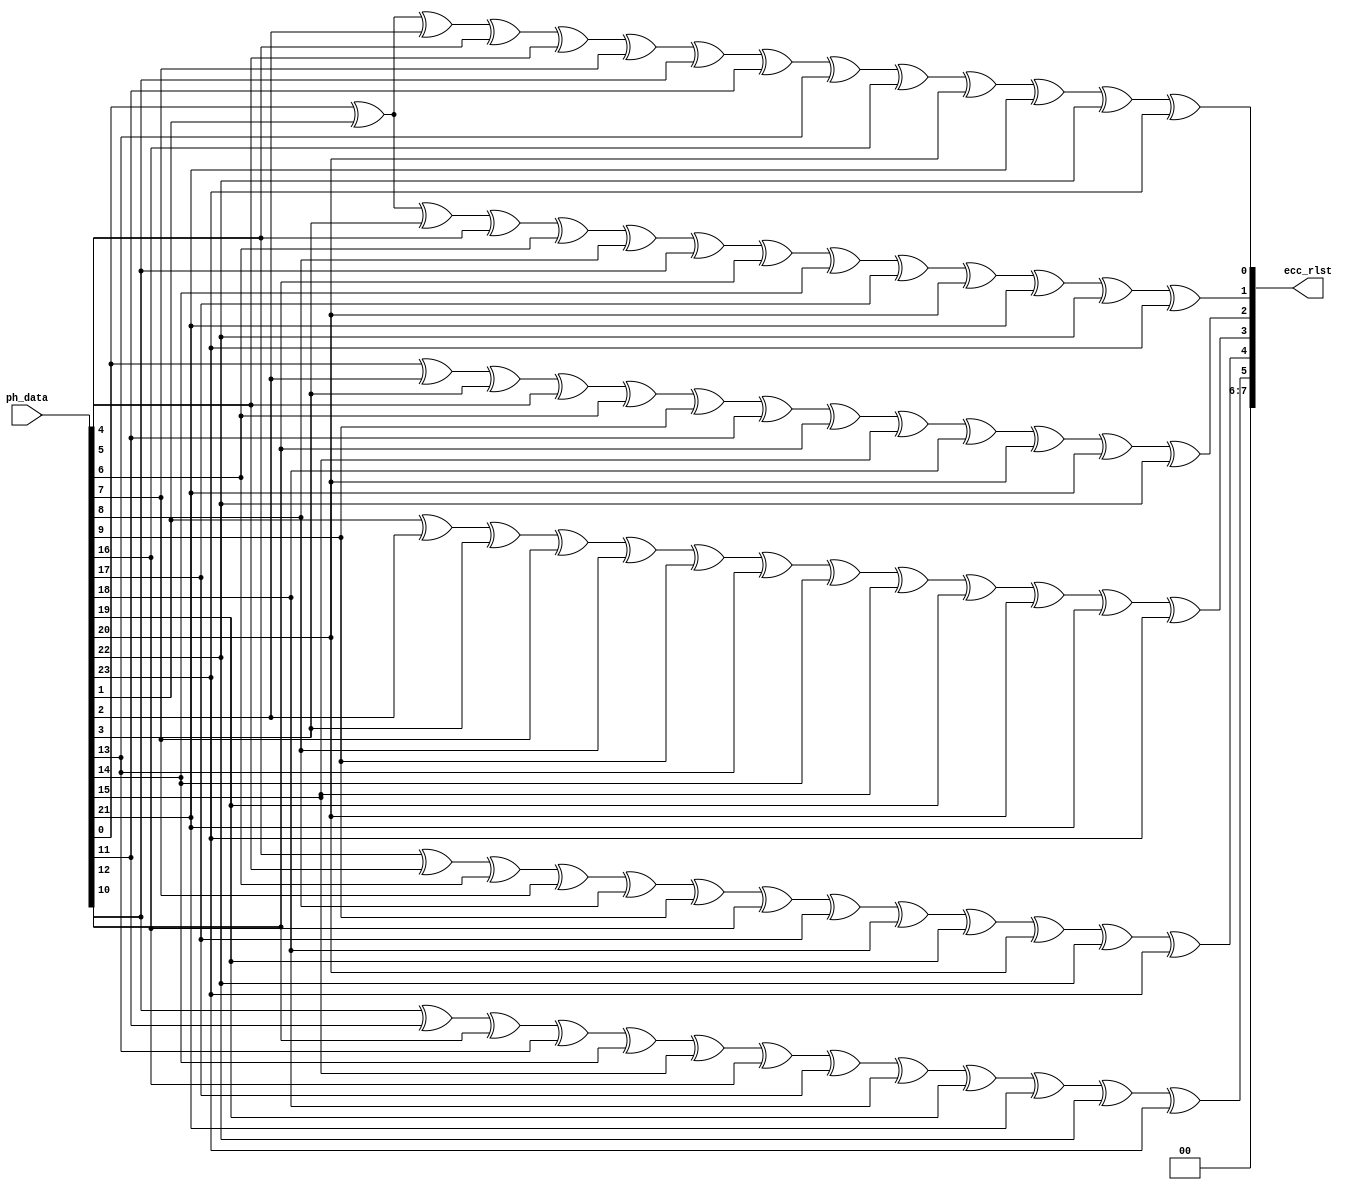
module  hdr_ecc(
        input           [23:0]  ph_data                 ,       
        output  reg     [ 7:0]  ecc_rlst                       
);

always  @(*) begin
        ecc_rlst[7] = 1'b0;
        ecc_rlst[6] = 1'b0;
        ecc_rlst[5] = ph_data[10] ^ ph_data[11] ^ ph_data[12] ^ ph_data[13] ^ ph_data[14] ^ ph_data[15] ^ ph_data[16] ^ ph_data[17] ^ ph_data[18] ^ ph_data[19] ^ ph_data[21] ^ ph_data[22] ^ ph_data[23];
        ecc_rlst[4] = ph_data[4] ^ ph_data[5] ^ ph_data[6] ^ ph_data[7] ^ ph_data[8] ^ ph_data[9] ^ ph_data[16] ^ ph_data[17] ^ ph_data[18] ^ ph_data[19] ^ ph_data[20] ^ ph_data[22] ^ ph_data[23];
        ecc_rlst[3] = ph_data[1] ^ ph_data[2] ^ ph_data[3] ^ ph_data[7] ^ ph_data[8] ^ ph_data[9] ^ ph_data[13] ^ ph_data[14] ^ ph_data[15] ^ ph_data[19] ^ ph_data[20] ^ ph_data[21] ^ ph_data[23];
        ecc_rlst[2] = ph_data[0] ^ ph_data[2] ^ ph_data[3] ^ ph_data[5] ^ ph_data[6] ^ ph_data[9] ^ ph_data[11] ^ ph_data[12] ^ ph_data[15] ^ ph_data[18] ^ ph_data[20] ^ ph_data[21] ^ ph_data[22];
        ecc_rlst[1] = ph_data[0] ^ ph_data[1] ^ ph_data[3] ^ ph_data[4] ^ ph_data[6] ^ ph_data[8] ^ ph_data[10] ^ ph_data[12] ^ ph_data[14] ^ ph_data[17] ^ ph_data[20] ^ ph_data[21] ^ ph_data[22] ^ ph_data[23];
        ecc_rlst[0] = ph_data[0] ^ ph_data[1] ^ ph_data[2] ^ ph_data[4] ^ ph_data[5] ^ ph_data[7] ^ ph_data[10] ^ ph_data[11] ^ ph_data[13] ^ ph_data[16] ^ ph_data[20] ^ ph_data[21] ^ ph_data[22] ^ ph_data[23];
end






endmodule